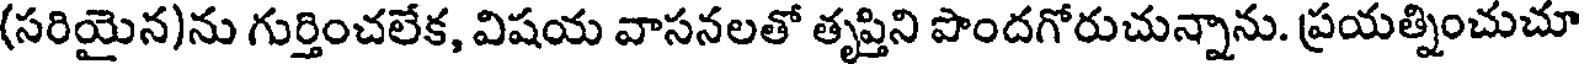
(సరియైన)ను గుర్తించలేక, విషయ వాసనలతో తృప్తిని పొందగోరుచున్నాను. ప్రయత్నించుచూ